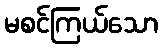
မစင်ကြယ်သော